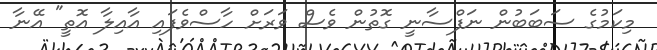
މިކަމުގެ ސަބަބުން ނަފްސާނީ ގޮތުން ވެސް ވަރަށް ހާސްވެފައި އާއިލާ އޮތީ" އޭނާ